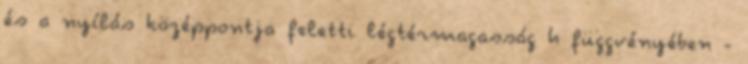
és a nyílás középpontja feletti légtérmagasság h függvényében -